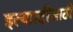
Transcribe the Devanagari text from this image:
इत्याादींसाठी